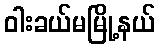
ဝါးခယ်မမြို့နယ်